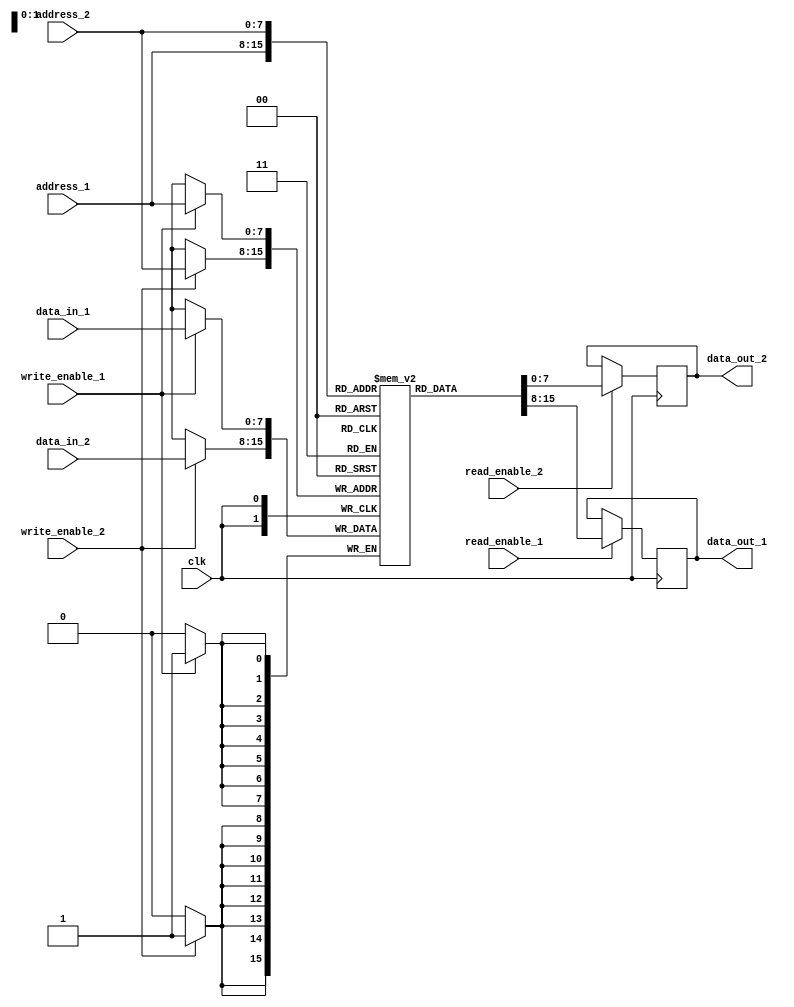
module dual_port_ram (
    input wire clk, // System clock
    input wire write_enable_1, // Write enable signal for port 1
    input wire write_enable_2, // Write enable signal for port 2
    input wire [7:0] address_1, // Address for port 1
    input wire [7:0] address_2, // Address for port 2
    input wire [7:0] data_in_1, // Data input for port 1
    input wire [7:0] data_in_2, // Data input for port 2
    input wire read_enable_1, // Read enable signal for port 1
    input wire read_enable_2, // Read enable signal for port 2
    output reg [7:0] data_out_1, // Data output for port 1
    output reg [7:0] data_out_2 // Data output for port 2
);
    
reg [7:0] memory [0:255]; // 256 bytes memory block

always @(posedge clk) begin
    if (write_enable_1) begin
        memory[address_1] <= data_in_1;
    end
    if (write_enable_2) begin
        memory[address_2] <= data_in_2;
    end
    
    if (read_enable_1) begin
        data_out_1 <= memory[address_1];
    end
    if (read_enable_2) begin
        data_out_2 <= memory[address_2];
    end
end

endmodule